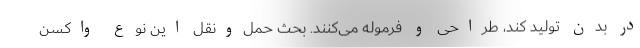
در بدن تولید کند، طراحی و فرموله می‌کنند. بحث حمل‌ونقل این نوع واکسن